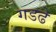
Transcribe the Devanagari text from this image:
गडढे